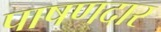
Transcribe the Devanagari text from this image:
पाषणदार